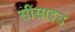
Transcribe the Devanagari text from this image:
सीसाइड